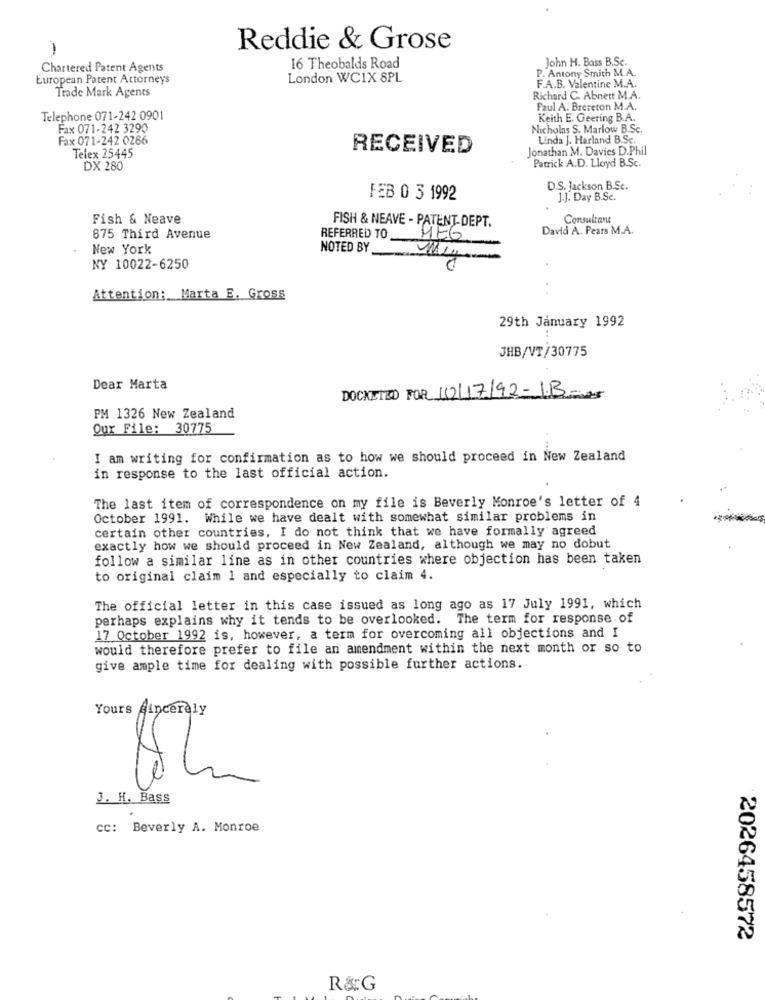
Reddie & Grose
John H. Bass B.Sc.
Chartered Patent Agents
16 Theobalds Road
P. Antony Smith M.A.
European Patent Attorneys
London WCIX 8PL
Trade Mark Agents
F.A.B. Valentine M.A.
Richard C. Abnett M.A.
Paul A. Brereton M.A.
Telephone 071-242 0901
Keith E. Geering B.A.
Fax 071-242 3290
Nicholas S. Marlow B.Sc.
Fax 071-242 0286
Linda J. Harland B.Sc.
Telex 25445
RECEIVED
Jonathan M. Davies D.Phil
Patrick A.D. Lloyd B.Sc.
DX 280
D.S. Jackson B.Sc.
FEB 0 3 1992
J.J. Day B.Sc.
Fish & Neave
FISH & NEAVE - PATENT-DEPT.
Consultant
David A. Pears M.A.
875 Third Avenue
REFERRED TO
MEG
New York
NOTED BY
NY 10022-6250
Attention: Marta E. Gross
29th January 1992
JHB/VT/30775
Dear Marta
DOCKETED FOR 10/17/92- 1.B=25
PM 1326 New Zealand
Our File: 30775
I am writing for confirmation as to how we should proceed in New Zealand
in response to the last official action.
The last item of correspondence on my file is Beverly Monroe's letter of 4
October 1991. While we have dealt with somewhat similar problems in
certain other countries, I do not think that we have formally agreed
exactly how we should proceed in New Zealand, although we may no dobut
follow a similar line as in other countries where objection has been taken
to original claim 1 and especially to claim 4.
The official letter in this case issued as long ago as 17 July 1991, which
perhaps explains why it tends to be overlooked. The term for response of
17 October 1992 is, however, a term for overcoming all objections and I
would therefore prefer to file an amendment within the next month or so to
give ample time for dealing with possible further actions.
Yours Sincerely
J. H. Bass
cc: Beverly A. Monroe
2026458572
R&G